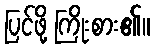
ပြင်ဖို့ ကြိုးစား၏။